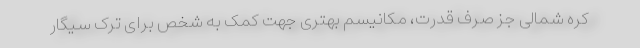
کره شمالی جز صِرف قدرت، مکانیسم بهتری جهت کمک به شخص برای ترک سیگار